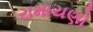
રામાયણો